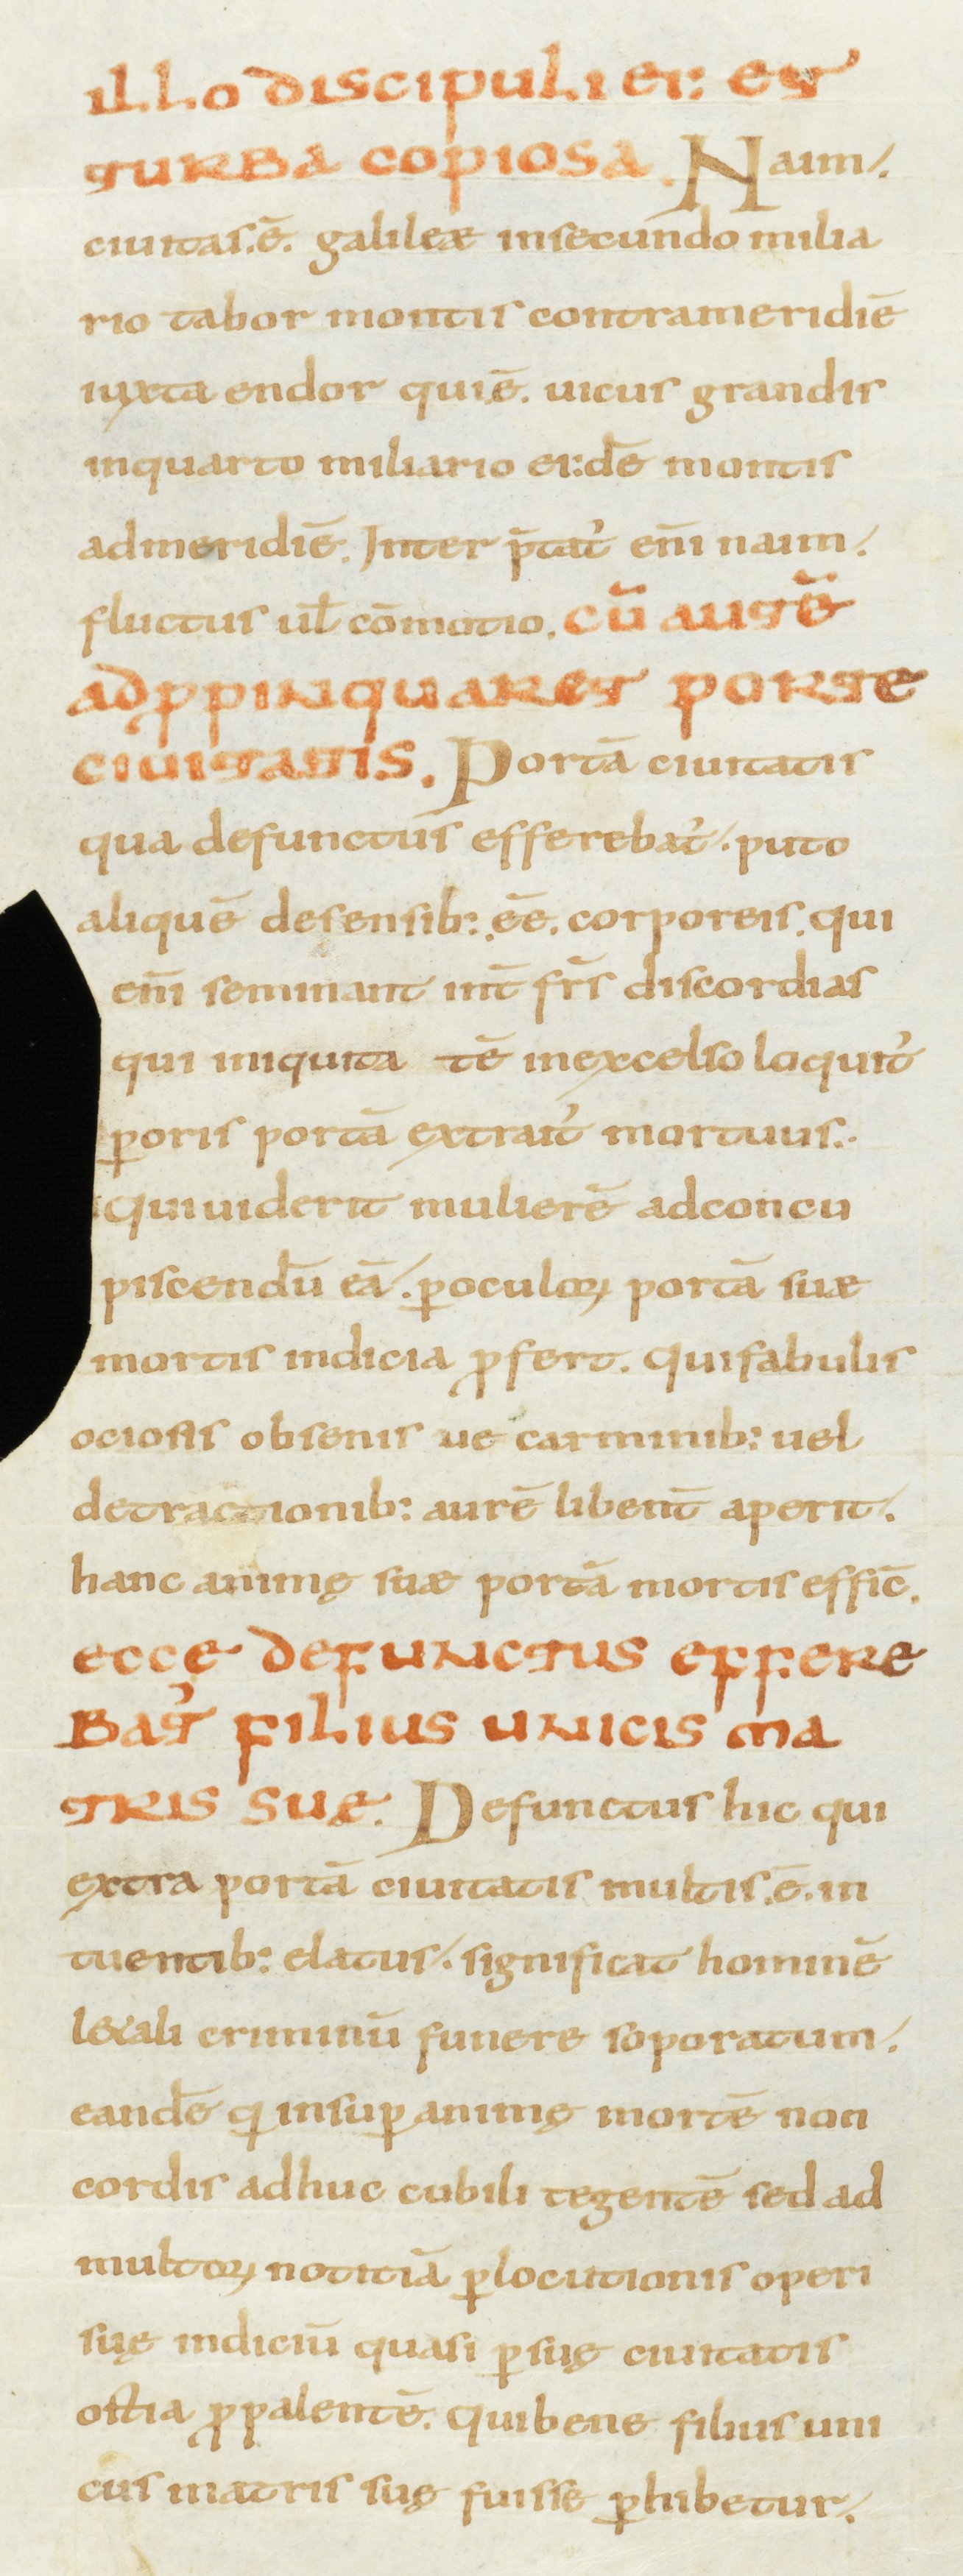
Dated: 800–899